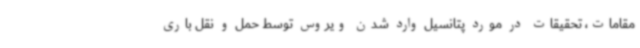
مقامات، تحقیقات در مورد پتانسیل وارد شدن ویروس توسط حمل و نقل باری